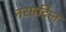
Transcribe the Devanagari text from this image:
नरमदिल